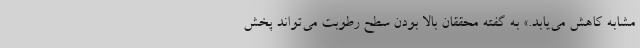
مشابه کاهش می‌یابد.» به گفته محققان بالا بودن سطح رطوبت می‌تواند پخش